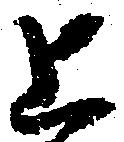
上